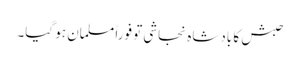
حبش کا بادشاہ نجاشی تو فوراً مسلمان ہو گیا۔